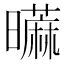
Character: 𰲐